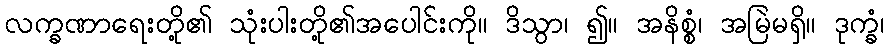
လက္ခဏာရေးတို့၏ သုံးပါးတို့၏အပေါင်းကို။ ဒိသွာ၊ ၍။ အနိစ္စံ၊ အမြဲမရှိ။ ဒုက္ခံ၊